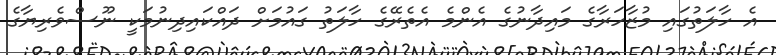
އެ ހާލަތުގައި މުޒާހަރާގެ މައިދާނުގެ އެންމެ އެތެރޭގެ ހާލަތު ގައުމަށް ދައްކައިދިނުމަކީ ނޫސްވެރިޔާގެ